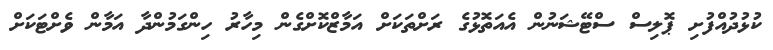
ކުޅުދުއްފުށި ޕޮލިސް ސްޓޭޝަނުން އެއަތޮޅުގެ ރަށްތަކަށް އަމާޒްކޮށްގެން މިހާރު ހިންގަމުންދާ އަމާން ވެށްޓަކަށް